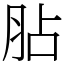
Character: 胋